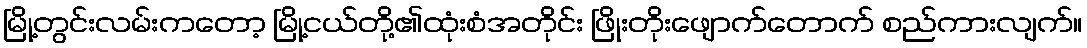
မြို့တွင်းလမ်းကတော့ မြို့ငယ်တို့၏ထုံးစံအတိုင်း ဖြိုးတိုးဖျောက်တောက် စည်ကားလျက်။